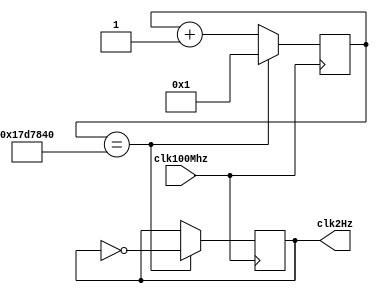
module Divider(clk100Mhz, clk2Hz);
  input clk100Mhz; //fast clock
  output reg clk2Hz; //slow clock

  reg[24:0] counter;

  initial begin
    counter = 0;
    clk2Hz = 0;
  end

  always @ (posedge clk100Mhz)
  begin
    if(counter == 25'd25000000) begin
      counter <= 1;
      clk2Hz <= ~clk2Hz;
    end
    else begin
      counter <= counter + 1;
    end
  end
endmodule

module oneHertzClk(clk100Mhz, clk1Hz);
  input clk100Mhz; //fast clock
  output reg clk1Hz; //slow clock

  reg[25:0] counter;

  initial begin
    counter = 0;
    clk1Hz = 0;
  end

  always @ (posedge clk100Mhz)
  begin
    if(counter == 26'd50000000) begin
      counter <= 1;
      clk1Hz <= ~clk1Hz;
    end
    else begin
      counter <= counter + 1;
    end
  end
endmodule

module debounce_divider(clk100Mhz, clk20Hz);
    input clk100Mhz; //fast clock
    output reg clk20Hz; //slow clock

    reg[21:0] counter;

    initial begin
      counter = 0;
      clk20Hz = 0;
    end

    always @ (posedge clk100Mhz)
    begin
      if(counter == 22'd2500000) begin
        counter <= 1;
        clk20Hz <= ~clk20Hz;
      end
      else begin
        counter <= counter + 1;
      end
    end

endmodule

module SevenSegClock(clk100Mhz, clk1KHz);
  input clk100Mhz; //fast clock
  output reg clk1KHz; //slow clock

  reg[15:0] counter;

  initial begin
    counter = 0;
    clk1KHz = 0;
  end

  always @ (posedge clk100Mhz) begin
    if(counter == 16'd50000) begin
      counter <= 1;
      clk1KHz <= ~clk1KHz;
    end
    else begin
      counter <= counter + 1;
    end
  end
endmodule